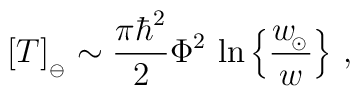
\big[ T\big]_{_\ominus}\sim {\pi \hbar^2\over 2}\Phi^2 \, \ln\Big\{ {w_{\!_\odot}\over w}\Big\} \ ,